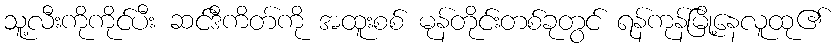
သူ့လီးကိုကိုင်ပီး ဆင်ဒီကိတ်ကို အထူးစစ် မုန်တိုင်းတစ်ခုတွင် ရန်ကုန်မြို့နေလူထု၏